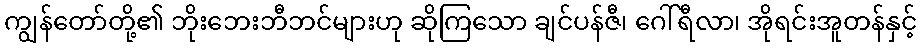
ကျွန်တော်တို့၏ ဘိုးဘေးဘီဘင်များဟု ဆိုကြသော ချင်ပန်ဇီ၊ ဂေါ်ရီလာ၊ အိုရင်းအူတန်နှင့်